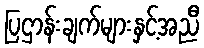
ပြဌာန်းချက်များနှင့်အညီ